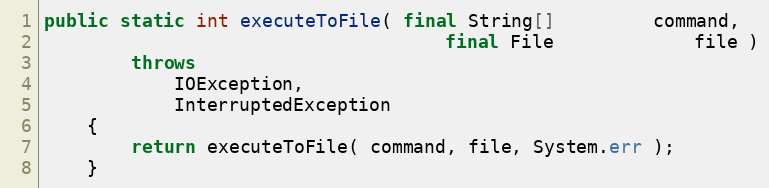
Language: Java
public static int executeToFile( final String[]         command,
                                     final File             file )
        throws
            IOException,
            InterruptedException
    {
        return executeToFile( command, file, System.err );
    }